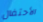
الأحتفال